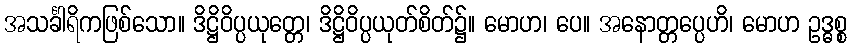
အသင်္ခါရိကဖြစ်သော။ ဒိဋ္ဌိဝိပ္ပယုတ္တေ၊ ဒိဋ္ဌိဝိပ္ပယုတ်စိတ်၌။ မောဟ၊ ပေ။ အနောတ္တပ္ပေဟိ၊ မောဟ ဥဒ္ဓစ္စ